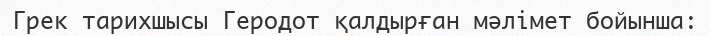
Грек тарихшысы Геродот қалдырған мәлімет бойынша: